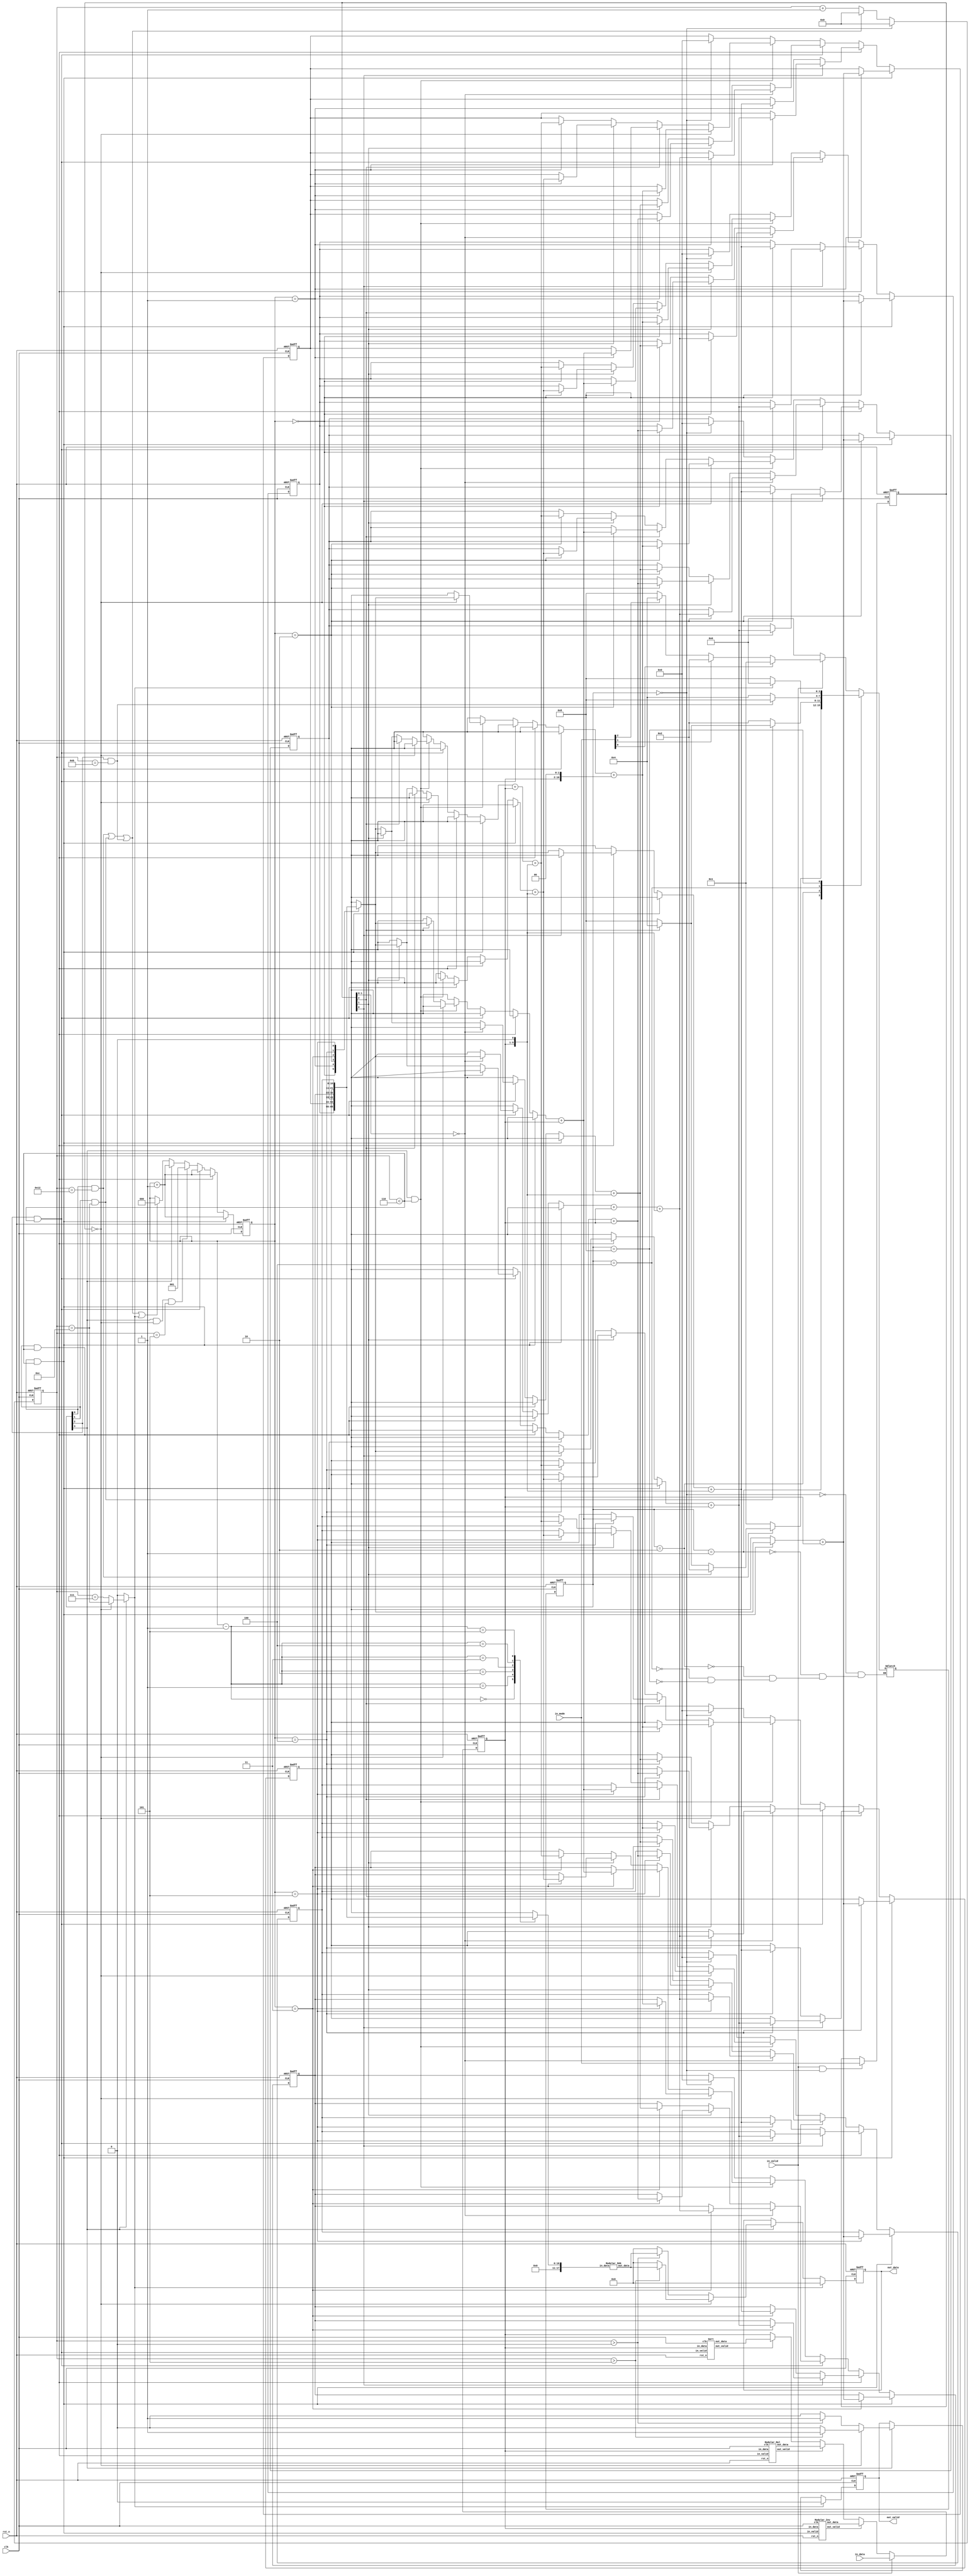
//############################################################################
//++++++++++++++++++++++++++++++++++++++++++++++++++++++++++++++++++++++++++++
//   2021 ICLAB Spring Course
//   Lab06			: Series Processing (SP)
//++++++++++++++++++++++++++++++++++++++++++++++++++++++++++++++++++++++++++++
//   Module Name : SP
//++++++++++++++++++++++++++++++++++++++++++++++++++++++++++++++++++++++++++++
//############################################################################

module SP_wocg(
	// Input signals
	clk,
	rst_n,
	in_valid,
	in_data,
	in_mode,
	// Output signals
	out_valid,
	out_data
);
//================================================================
//  INPUT AND OUTPUT DECLARATION                         
//================================================================
input clk, rst_n, in_valid;
input [2:0] in_mode;
input [8:0] in_data;
output reg out_valid;
output reg [8:0] out_data;
//================================================================
//  integer / genvar  / parameter
//================================================================
genvar idx;
integer i;
localparam IDLE = 4'b0000;
localparam INV  = 4'b0001;
localparam MUL  = 4'b0010;
localparam SORT = 4'b0100;
localparam SUM  = 4'b1000;

//================================================================
//  reg / wire
//================================================================
reg [3:0] cur_state,next_state;
reg [4:0] cnt;
reg [2:0] cnt_data;
reg [8:0] data_temp;
reg [10:0] data_sum [0:5]; 
reg [2:0] mode_r;

//wire 
wire idle_state = cur_state == IDLE;

//IO
wire inv_in_valid  = cur_state[0] && cnt < 6;
wire mul_in_valid  = cur_state[1] && cnt < 6;
wire sort_in_valid = cur_state[2] && cnt < 6;
wire sum_in_valid  = cur_state[3] && cnt < 6;

wire inv_out_valid,mul_out_valid,sort_out_valid;
wire [8:0] inv_out_data,mul_out_data,sort_out_data;

wire [8:0] sum_mod_out_w;  //Modular_509

//flag
wire inv_done  = cur_state[0] && cnt == 'd18;
wire mul_done  = cur_state[1] && cnt == 'd12;
wire sort_done = cur_state[2] && cnt == 'd11;
reg  sum_done ;
wire mode0_cnt_flag = cur_state[3] && mode_r == 'd0 && cnt == 'd5;

//================================================================
//  FSM
//================================================================

always @(posedge clk or negedge rst_n) begin
	if (!rst_n) begin
		cur_state <= IDLE;
	end
	else begin
		cur_state <= next_state;
	end
end

always @(*) begin
	case(cur_state)
		IDLE : next_state = in_valid  ? in_mode[0] ? INV : in_mode[1] ? MUL : in_mode[2] ? SORT : SUM : IDLE;
		INV  : next_state = inv_done  ? mode_r[1] ? MUL : mode_r[2] ? SORT : SUM : INV;
		MUL  : next_state = mul_done  ? mode_r[2] ? SORT : SUM : MUL;
		SORT : next_state = sort_done ? SUM : SORT;
		SUM  : next_state = sum_done  ? IDLE : SUM;
	endcase
end

//================================================================
//  DESIGN
//================================================================

//sum_done
always @(*) begin 
	if(cur_state[3]) begin
		if(mode_r == 'd0) sum_done = cnt == 'd12;
		else sum_done = cnt == 'd7;
	end
	else sum_done = 0;
end

//cnt
always @(posedge clk or negedge rst_n) begin
	if (!rst_n) begin
		cnt <= 'd0;
	end
	else begin
		if(idle_state) cnt <= 'd0;
		else if(inv_done | mul_done | sort_done) cnt <= 'd0;
		else cnt <= cnt + 'd1;
	end
end

//cnt_data
always @(posedge clk or negedge rst_n) begin
	if (!rst_n) begin
		cnt_data <= 'd0;
	end
	else begin
		if(inv_in_valid)  cnt_data <= cnt_data + 'd1;
		else if(mul_in_valid)  cnt_data <= cnt_data + 'd1;
		else if(sort_in_valid) cnt_data <= cnt_data + 'd1;
		else if(mode0_cnt_flag) cnt_data <= 'd1;
		else if(cur_state[3])  cnt_data <= cnt_data + 'd1;
		else if(inv_done | mul_done | sort_done | sum_done) cnt_data <= 'd0;
	end
end

//mode_r
always @(posedge clk or negedge rst_n) begin
	if (!rst_n) begin
		mode_r <= 'd0;
	end
	else if(in_valid && idle_state)begin
		mode_r <= in_mode;
	end
end

//data_temp
always @(posedge clk or negedge rst_n) begin
	if (!rst_n) begin
		data_temp <= 'd0;
	end
	else begin
		if(in_valid) data_temp <= in_data;
		else if(inv_out_valid)  data_temp <= inv_out_data;
		else if(mul_out_valid)  data_temp <= mul_out_data;
		else if(sort_out_valid) data_temp <= sort_out_data;
	end
end

//data_sum
always @(posedge clk or negedge rst_n) begin
	if (!rst_n) begin
		for(i=0;i<6;i=i+1) begin
			data_sum[i] <= 'd0;
		end
	end
	else begin
		if(inv_in_valid) begin
			data_sum[cnt_data] <= data_sum[cnt_data] + data_temp;  //a
		end
		else if(mul_in_valid)  begin 
			if(mode_r[0]) data_sum[cnt_data] <= data_sum[cnt_data] + data_temp;  //b
			else data_sum[cnt_data] <= data_sum[cnt_data] + (data_temp << 1);  //2a
		end
		else if(sort_in_valid) begin
			if(mode_r[1:0] == 'd0) data_sum[cnt_data] <= (data_sum[cnt_data] + data_temp) + (data_temp << 1);  //3a
			else if(mode_r[1]) data_sum[cnt_data] <= data_sum[cnt_data] + data_temp; //c
			else data_sum[cnt_data] <= data_sum[cnt_data] + (data_temp << 1); //2b
		end
		else if(sum_in_valid)  begin
			if(mode_r[2:0] == 'd0) data_sum[cnt_data] <= data_sum[cnt_data] + (data_temp << 2);  //4a
			else if(mode_r[2]) data_sum[cnt_data] <= data_sum[cnt_data] + data_temp; //d
			else if(mode_r[1]) data_sum[cnt_data] <= data_sum[cnt_data] + (data_temp << 1); //2c
			else data_sum[cnt_data] <= (data_sum[cnt_data] + data_temp) + (data_temp << 1); //3b
		end
		else if(idle_state) begin
			for(i=0;i<6;i=i+1) begin
				data_sum[i] <= 'd0;
			end
		end
	end
end

//out_data
always @(posedge clk or negedge rst_n) begin
	if (!rst_n) begin
		out_data <= 'd0;
	end
	else begin
		if(sum_done) out_data <= 'd0;
		else if(cur_state[3]) begin 
			if(mode_r == 'd0) out_data <= cnt > 'd5 ? sum_mod_out_w : 'd0;
			else out_data <= cnt > 'd0 ? sum_mod_out_w : 'd0;
		end
	end
end

//out_valid
always @(posedge clk or negedge rst_n) begin
	if (!rst_n) begin
		out_valid <= 0;
	end
	else begin
		if(sum_done) out_valid <= 0;
		else if(cur_state[3]) begin 
			if(mode_r == 'd0) out_valid <= cnt > 'd5 ? 1 : 0;
			else out_valid <= cnt > 'd0 ? 1 : 0;
		end
	end
end

//================================================================
//  Module 
//================================================================

Modular_Inv Inv_inst (.clk(clk),.rst_n(rst_n),.in_valid(inv_in_valid),.in_data(data_temp),.out_valid(inv_out_valid) ,.out_data(inv_out_data));
Modular_Mul Mul_inst (.clk(clk),.rst_n(rst_n),.in_valid(mul_in_valid),.in_data(data_temp),.out_valid(mul_out_valid) ,.out_data(mul_out_data));
Sort      Sort_inst (.clk(clk),.rst_n(rst_n),.in_valid(sort_in_valid),.in_data(data_temp),.out_valid(sort_out_valid),.out_data(sort_out_data));
Modular_509 U_inst_C(.in_data({7'd0,data_sum[cnt_data - 1]}),.out_data(sum_mod_out_w));

endmodule

module Modular_509(in_data,out_data);
parameter BIAS = 9'd509;
input [17:0] in_data;
output reg [8:0] out_data;
wire  [10:0] tmp = (in_data[8:0] + in_data[17:9]) + (in_data[17:9] << 1);
wire  [10:0] tmp_bias_509  = tmp - BIAS;
wire  [10:0] tmp_bias_1018 = tmp - (BIAS<<1);
wire  [10:0] tmp_bias_1527 = tmp - (BIAS<<1) - BIAS;
wire  [10:0] tmp_bias_2036 = tmp - (BIAS<<2);
always @(*) begin
	if(tmp < BIAS) out_data = tmp;
	else if(tmp_bias_509  < BIAS) out_data = tmp_bias_509 ;
	else if(tmp_bias_1018 < BIAS) out_data = tmp_bias_1018;
	else if(tmp_bias_1527 < BIAS) out_data = tmp_bias_1527;
	else out_data = tmp_bias_2036;
end

endmodule

module Modular_Inv(clk,rst_n,in_valid,in_data,out_valid,out_data);
input  [8:0] in_data;
input  clk,rst_n,in_valid;
output out_valid;
output [8:0] out_data;

localparam IDLE = 2'b00;
localparam CAL  = 2'b01;
localparam OUT  = 2'b10;

//reg
reg [1:0] cur_state,next_state;
reg [5:0] st_end_flag_r;
reg pulse;
reg [3:0] cnt;
reg [17:0] data_A_r[0:5],data_B_r[0:5];

//flag
wire cal_done = cnt == 'd12;
wire out_done = cnt == 'd5 && cur_state[1];
reg  [5:0] stall_flag_r;

//module_IO
wire  [8:0] modA_out_w[0:2];
wire  [8:0] modB_out_w[0:2];
reg  [17:0] modA_in_w [0:2];
reg  [17:0] modB_in_w [0:2];
wire [17:0] mulA_out_w[0:2];
wire [17:0] mulB_out_w[0:2];
reg   [8:0] mulA_in_w [0:2];
reg   [8:0] mulB_in_w [0:2];

//index
genvar idx;
integer i;

//output
assign out_valid = cur_state[1];
assign out_data = out_valid ? data_A_r[cnt] : 'd0;

//================================================================
//  FSM
//================================================================

//cur_state
always @(posedge clk or negedge rst_n) begin
	if (!rst_n) begin
		cur_state <= IDLE;
	end
	else begin
		cur_state <= next_state;
	end
end

//next_state
always @(*) begin
	case(cur_state)
		IDLE:next_state = in_valid ? CAL : IDLE;
		CAL :next_state = cal_done ? OUT : CAL ;
		OUT :next_state = out_done ? IDLE: OUT ;
		default: next_state = IDLE;
	endcase
end

//================================================================
//  DESIGN
//================================================================
generate
	for(idx=0;idx<3;idx=idx+1) begin
		Modular_509 U_inst_A(.in_data(modA_in_w[idx]),.out_data(modA_out_w[idx]));
		Modular_509 U_inst_B(.in_data(modB_in_w[idx]),.out_data(modB_out_w[idx]));
	end
endgenerate

generate
	for(idx=0;idx<3;idx=idx+1) begin
		assign mulA_out_w[idx] =  mulA_in_w[idx] * mulB_in_w[idx];
		assign mulB_out_w[idx] =  mulB_in_w[idx] * mulB_in_w[idx];
	end
endgenerate

//mulA_in_w
always @(*) begin 
	for(i=0;i<3;i=i+1) begin
		if(pulse)
			mulA_in_w[i] = data_A_r[2*i];
		else
			mulA_in_w[i] = data_A_r[2*i+1];
	end
end

//mulB_in_w
always @(*) begin 
	for(i=0;i<3;i=i+1) begin
		if(pulse)
			mulB_in_w[i] = data_B_r[2*i];
		else
			mulB_in_w[i] = data_B_r[2*i+1];
	end
end

//modA_in_w
always @(*) begin 
	for(i=0;i<3;i=i+1) begin
		if(!pulse)
			modA_in_w[i] = data_A_r[2*i];
		else
			modA_in_w[i] = data_A_r[2*i+1];
	end
end

//modB_in_w
always @(*) begin 
	for(i=0;i<3;i=i+1) begin
		if(!pulse)
			modB_in_w[i] = data_B_r[2*i];
		else
			modB_in_w[i] = data_B_r[2*i+1];
	end
end

//cnt
always @(posedge clk or negedge rst_n) begin
	if (!rst_n) begin
		cnt <= 'd0;
	end
	else begin
		if(in_valid) cnt <= cnt + 'd1;
		else if(cal_done | out_done) cnt <= 'd0;
		else if(cur_state[1]) cnt <= cnt + 'd1;
		else if(pulse) cnt <= cnt + 'd1;
	end
end

//stall_flag_r
always @(posedge clk or negedge rst_n) begin
	if (!rst_n) begin
		stall_flag_r <= 'd0;
	end
	else begin
		if(cnt == 'd3 && cur_state[0]) stall_flag_r <= 6'b000001;
		else if(cnt == 'd4 && cur_state[0]) stall_flag_r <= 6'b000011;
		else stall_flag_r <= stall_flag_r << 1;
	end
end

//pulse
always @(posedge clk or negedge rst_n) begin
	if (!rst_n) begin
		pulse <= 0;
	end
	else begin
		if(out_done) pulse <= 0;
		else if(cur_state[0] | cur_state[1]) pulse <= ~pulse;
	end
end

//st_end_flag_r
always @(posedge clk or negedge rst_n) begin
	if (!rst_n) begin
		st_end_flag_r <= 'd0;
	end
	else begin
		if(in_valid) st_end_flag_r[cnt] <= 1;
		else if(cur_state[1]) st_end_flag_r[cnt] <= 0;
	end
end

//data_A_r
always @(posedge clk or negedge rst_n) begin
	if (!rst_n) begin
		for(i=0;i<6;i=i+1) begin
			data_A_r[i] <= 'd0;
		end
	end
	else begin
		for(i=0;i<6;i=i+2) begin //even
			if(in_valid && cnt == i)  data_A_r[i] <= in_data;
			else if(stall_flag_r[i])  data_A_r[i] <= data_A_r[i];
			else if(st_end_flag_r[i]) data_A_r[i] <= !pulse ? modA_out_w[i>>1] : mulA_out_w[i>>1];
			else data_A_r[i] <= 'd0;
		end
		for(i=1;i<6;i=i+2) begin //odd
			if(in_valid && cnt == i)  data_A_r[i] <= in_data;
			else if(stall_flag_r[i])  data_A_r[i] <= data_A_r[i];
			else if(st_end_flag_r[i]) data_A_r[i] <= !pulse ? mulA_out_w[i>>1] : modA_out_w[i>>1];
			else data_A_r[i] <= 'd0;
		end
	end
end

//data_B_r
always @(posedge clk or negedge rst_n) begin
	if (!rst_n) begin
		for(i=0;i<6;i=i+1) begin
			data_B_r[i] <= 'd0;
		end
	end
	else begin
		for(i=0;i<6;i=i+2) begin //even
			if(in_valid && cnt == i) data_B_r[i] <= in_data*in_data;
			else if(st_end_flag_r[i]) data_B_r[i] <= !pulse ? modB_out_w[i>>1] : mulB_out_w[i>>1] ;
			else data_B_r[i] <= 'd0;
		end
		for(i=1;i<6;i=i+2) begin //odd
			if(in_valid && cnt == i) data_B_r[i] <= in_data*in_data;
			else if(st_end_flag_r[i]) data_B_r[i] <= !pulse ? mulB_out_w[i>>1] : modB_out_w[i>>1];
			else data_B_r[i] <= 'd0;
		end
	end
end

endmodule

module Modular_Mul(clk,rst_n,in_valid,in_data,out_valid,out_data);
input  [8:0] in_data;
input  clk,rst_n,in_valid;
output out_valid;
output [8:0] out_data;

localparam IDLE = 2'b00;
localparam CAL  = 2'b01;
localparam OUT  = 2'b10;

reg [1:0] cur_state,next_state;
reg [3:0] cnt;
reg [8:0] b_r[0:5];
reg [8:0] tmp_mod_r;
reg [8:0] tmp1_r;
reg [8:0] tmp2_r;
reg [8:0] tmp3_r;
reg [8:0] tmp4_r;
reg [17:0] tmp_r;

//index
genvar idx;
integer i;

//IO
wire [8:0] mod_out_w;
reg  [8:0] in_mul_A_w,in_mul_B_w;
Modular_509 U_inst_C(.in_data(tmp_r),.out_data(mod_out_w));

//output
assign out_valid = cur_state[1];
assign out_data  = out_valid ? tmp_mod_r : 'd0;
//================================================================
//  FSM
//================================================================

//cur_state
always @(posedge clk or negedge rst_n) begin
	if (!rst_n) begin
		cur_state <= IDLE;
	end
	else begin
		cur_state <= next_state;
	end
end

//next_state
always @(*) begin
	case(cur_state)
		IDLE:next_state = in_valid ? CAL : IDLE;
		CAL :next_state = cnt == 'd10 ? OUT : CAL ;
		OUT :next_state = cnt == 'd0 ? IDLE: OUT ;
		default: next_state = IDLE;
	endcase
end
//================================================================
//  DESIGN
//================================================================

//in_mul_A_w
always @(*) begin
	if(in_valid) begin
		in_mul_A_w = b_r[0];
	end
	else begin
		case(cnt)
			'd5 :in_mul_A_w = b_r[0];
			'd6 :in_mul_A_w = tmp_mod_r;
			'd7 :in_mul_A_w = tmp2_r;
			'd8 :in_mul_A_w = tmp1_r;
			'd9 :in_mul_A_w = b_r[0];
			'd10:in_mul_A_w = b_r[1];
			'd11:in_mul_A_w = b_r[2];
			'd12:in_mul_A_w = b_r[3];
			'd13:in_mul_A_w = b_r[4];
			'd14:in_mul_A_w = b_r[5];
			default:in_mul_A_w = 'd0;
		endcase
	end
end

//in_mul_B_w
always @(*) begin
	if(in_valid) begin
		in_mul_B_w = in_data;
	end
	else begin
		case(cnt)
			'd5 :in_mul_B_w = b_r[5];
			'd6 :in_mul_B_w = tmp4_r;
			'd7 :in_mul_B_w = tmp4_r;
			'd8 :in_mul_B_w = tmp4_r;
			'd9 :in_mul_B_w = tmp_mod_r;
			'd10:in_mul_B_w = tmp_mod_r;
			'd11:in_mul_B_w = tmp3_r;
			'd12:in_mul_B_w = tmp3_r;
			'd13:in_mul_B_w = tmp1_r;
			'd14:in_mul_B_w = tmp2_r;
			default:in_mul_B_w = 'd0;
		endcase
	end
end

//cnt
always @(posedge clk or negedge rst_n) begin
	if (!rst_n) begin
		cnt <= 'd0;
	end
	else begin
		if(cur_state[0] | cur_state[1]) cnt <= cnt + 'd1; 
		else if(cur_state == IDLE) cnt <= 'd0;
	end
end

//b_r
always @(posedge clk or negedge rst_n) begin
	if (!rst_n) begin
		for(i=0;i<6;i=i+1) begin
			b_r[i] <= 'd0;
		end
	end
	else begin
		if(in_valid) begin
			for(i=0;i<5;i=i+1) begin
				b_r[0] <= in_data;
				b_r[i+1] <= b_r[i];
			end
		end
	end
end

//tmp_r
always @(posedge clk or negedge rst_n) begin
	if (!rst_n) begin
		tmp_r <= 'd0;
	end
	else begin
		tmp_r <= in_mul_A_w * in_mul_B_w;
	end
end

//tmp_mod_r
always @(posedge clk or negedge rst_n) begin
	if (!rst_n) begin
		tmp_mod_r <= 'd0;
	end
	else begin
		tmp_mod_r <= mod_out_w;
	end
end

//tmp1_r
always @(posedge clk or negedge rst_n) begin
	if (!rst_n) begin
		tmp1_r <= 'd0;
	end
	else begin
		tmp1_r <= cur_state[1] ? tmp1_r : tmp_mod_r;
	end
end

//tmp2_r
always @(posedge clk or negedge rst_n) begin
	if (!rst_n) begin
		tmp2_r <= 'd0;
	end
	else begin
		tmp2_r <= cur_state[1] ? tmp2_r : tmp1_r;
	end
end

//tmp3_r
always @(posedge clk or negedge rst_n) begin
	if (!rst_n) begin
		tmp3_r <= 'd0;
	end
	else begin
		tmp3_r <= cur_state[1] ? tmp3_r : tmp2_r;
	end
end

//tmp4_r
always @(posedge clk or negedge rst_n) begin
	if (!rst_n) begin
		tmp4_r <= 'd0;
	end
	else begin
		tmp4_r <= tmp3_r;
	end
end

endmodule

module Sort(clk,rst_n,in_valid,in_data,out_valid,out_data);
input  [8:0] in_data;
input  clk,rst_n,in_valid;
output out_valid;
output [8:0] out_data;

integer i;
reg [8:0] data_r[0:5];
reg [4:0] st_flag_r;
reg [1:0] cur_state,next_state;

localparam IDLE = 2'b00;
localparam RD   = 2'b01;
localparam SORT = 2'b10;
localparam OUT  = 2'b11;

//flag
wire sort_done = st_flag_r == 'd1 && cur_state == SORT;
wire rd_done = st_flag_r[0] && cur_state == RD;
wire out_done = st_flag_r == 0 && cur_state == OUT;

//output
assign out_valid = cur_state == OUT;
assign out_data  = out_valid ? data_r[5] : 'd0;

//================================================================
//  FSM
//================================================================

//cur_state
always @(posedge clk or negedge rst_n) begin
	if (!rst_n) begin
		cur_state <= IDLE;
	end
	else begin
		cur_state <= next_state;
	end
end

//next_state
always @(*) begin
	case(cur_state)
		IDLE:next_state = in_valid  ? RD   : IDLE;
		RD  :next_state = rd_done   ? SORT : RD  ;
		SORT:next_state = sort_done ? OUT  : SORT;
		OUT: next_state = out_done  ? IDLE : OUT ;
		default: next_state = IDLE;
	endcase
end

//================================================================
//  DESIGN
//================================================================

//st_flag_r
always @(posedge clk or negedge rst_n) begin
	if (!rst_n) begin
		st_flag_r <= 'd0;
	end
	else if (cur_state == IDLE || sort_done) begin
		st_flag_r <= 'b10000;
	end
	else if(rd_done) begin
		st_flag_r <= 'b10101;
	end
	else begin
		st_flag_r <= st_flag_r >> 1;
	end
end

//data_r
always @(posedge clk or negedge rst_n) begin
	if (!rst_n) begin
		for(i=0;i<6;i=i+1) begin
			data_r[i] <= 'd0;
		end
	end
	else begin
		if(in_valid) begin
			if(in_data > data_r[0]) begin
				data_r[0] <= in_data;
				data_r[1] <= data_r[0];
				data_r[2] <= data_r[1];
				data_r[3] <= data_r[2];
				data_r[4] <= data_r[3];
				data_r[5] <= data_r[4];
			end
			else begin
				data_r[1] <= in_data;
				data_r[2] <= data_r[1];
				data_r[3] <= data_r[2];
				data_r[4] <= data_r[3];
				data_r[5] <= data_r[4];
			end
		end
		else if(cur_state == SORT && st_flag_r[0]) begin  //data[0] > data[1] ....data[5]
      		for(i=1;i<5;i=i+2)
      		begin
      		  data_r[i  ] <= (data_r[i] < data_r[i+1]) ? data_r[i+1] : data_r[i  ];
      		  data_r[i+1] <= (data_r[i] < data_r[i+1]) ? data_r[i  ] : data_r[i+1];
      		end
		end
		else if(cur_state == SORT && !st_flag_r[0]) begin
      		for(i=2;i<5;i=i+2)
      		begin
      		  data_r[i  ] <= (data_r[i] < data_r[i+1]) ? data_r[i+1] : data_r[i  ];
      		  data_r[i+1] <= (data_r[i] < data_r[i+1]) ? data_r[i  ] : data_r[i+1];
      		end
		end
		else if(cur_state == OUT) begin
      		for(i=0;i<5;i=i+1)
      		begin
      		  data_r[i+1] <= data_r[i];
      		end
		end
		else if(cur_state == IDLE) begin
			for(i=0;i<6;i=i+1) begin
				data_r[i] <= 'd0;
			end
		end
	end
end

endmodule